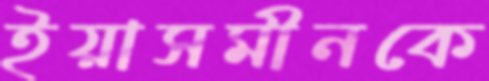
ইয়াসমীনকে